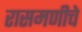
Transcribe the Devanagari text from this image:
रासमणीचे